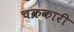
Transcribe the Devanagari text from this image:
चक्रकारी